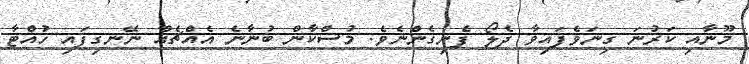
މޫނާއި ކަރުނަ ގިނަވެފައިވާ ދެލޯ ފެނިގެންނެވެ. މުސްކާން ބުނާނެ އެއްޗެއް ނޭނގިފައި ހުއްޓާ